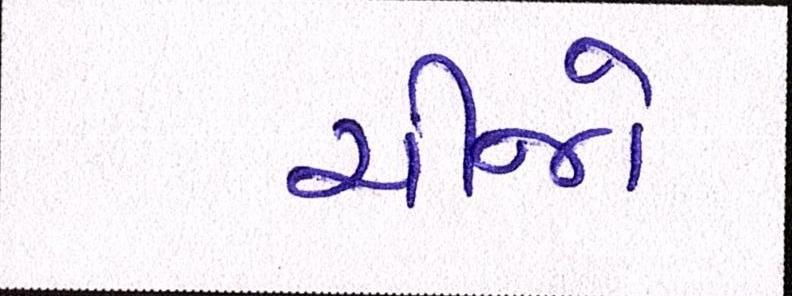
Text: ચીજો